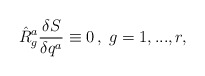
\begin{align*}\hat{R}_{g}^{a}\frac{\delta S}{\delta q^{a}}\equiv 0\,,\;g=1,...,r,\end{align*}